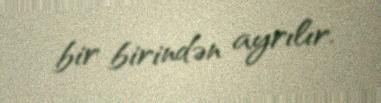
bir birindən ayrılır.